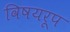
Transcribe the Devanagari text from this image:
विषयरूप